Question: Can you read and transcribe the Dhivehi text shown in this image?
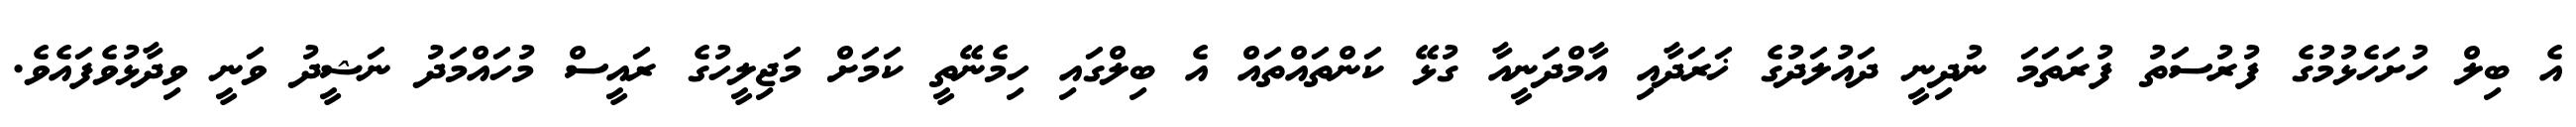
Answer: އެ ބިލް ހުށަހެޅުމުގެ ފުރުސަތު ފުރަތަމަ ނުދިނީ ދައުލަދުގެ ޚަރަދާއި އާމްދަނީއާ ގުޅޭ ކަންތައްތައް އެ ބިލްގައި ހިމެނޭތީ ކަމަށް މަޖިލީހުގެ ރައީސް މުހައްމަދު ނަޝީދު ވަނީ ވިދާޅުވެފައެވެ.